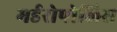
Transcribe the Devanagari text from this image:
मर्डरोपोलिस